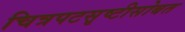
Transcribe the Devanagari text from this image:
चित्रपटसृष्टीसोबत